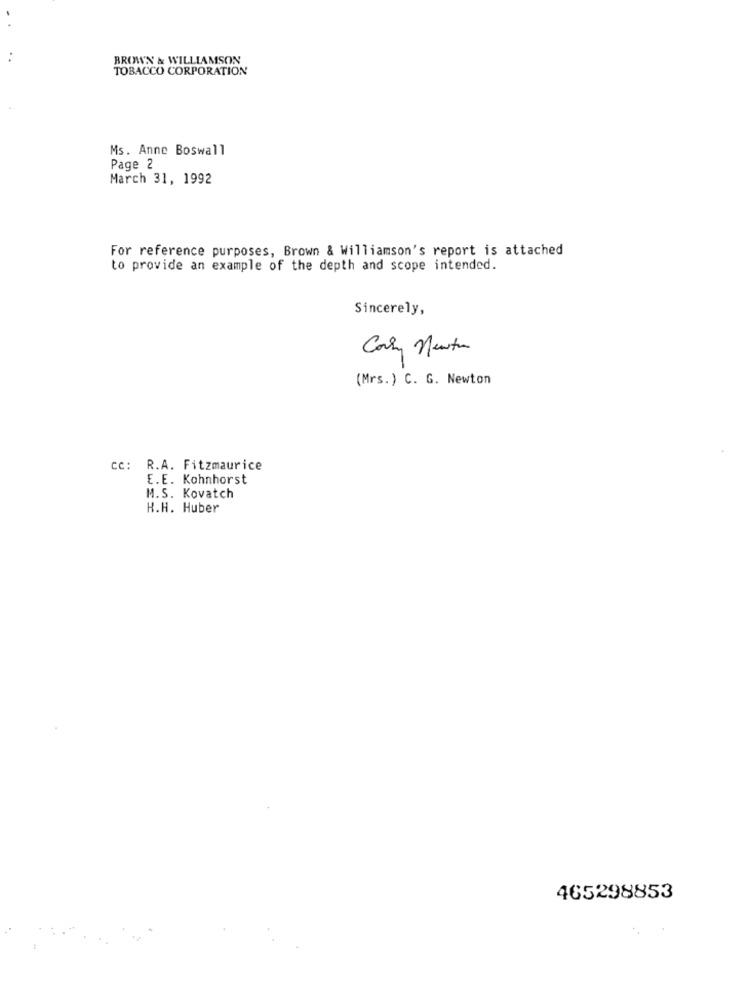
BROW'N & WILLIAMSON
TOBACCO CORPORATION
Ms. Anne Boswall
Page 2
March 31, 1992
For reference purposes, Brown & Williamson's report is attached
to provide an example of the depth and scope intended.
Sincerely,
Corry Newton
(Mrs.) C. G. Newton
cc: R.A. Fitzmaurice
E.E. Kohnhorst
M.S. Kovatch
H.H. Huber
465298853